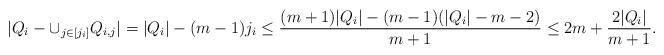
LaTeX: \begin{align*}|Q_i-\cup_{j\in [j_i]}Q_{i,j}|= |Q_i|-(m-1)j_i\leq \frac{(m+1)|Q_i|-(m-1)(|Q_i|-m-2)}{m+1}\leq 2m+\frac{2|Q_i|}{m+1}.\end{align*}